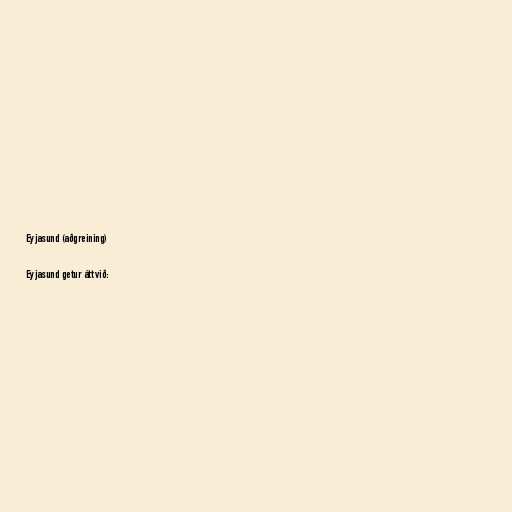
Eyjasund (aðgreining)

Eyjasund getur átt við: